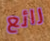
رائع